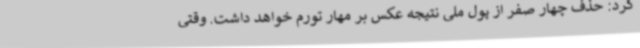
کرد: حذف چهار صفر از پول ملی نتیجه عکس بر مهار تورم خواهد داشت. وقتی